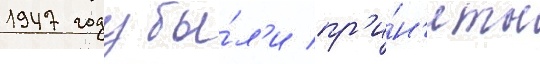
1947 году бы́л'и пр'и́н'яты